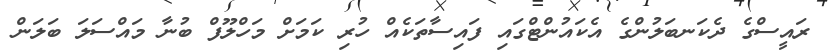
ރައީސްގެ ދެކަނބަލުންގެ އެކައުންޓްގައި ފައިސާތަކެއް ހުރި ކަމަށް މަހްލޫފް ބުނާ މައްސަލަ ބަލަން